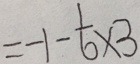
= - 1 - \frac { 1 } { 6 } \times 3